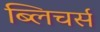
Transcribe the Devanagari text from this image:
ब्लिचर्स